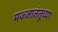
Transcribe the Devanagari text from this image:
मज्जातंतूंच्या